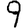
Digit: 9